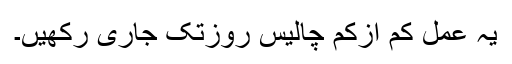
یہ عمل کم ازکم چالیس روزتک جاری رکھیں۔